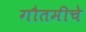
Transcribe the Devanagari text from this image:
गौतमीचे